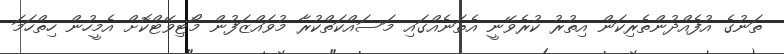
ތަނުގެ އުފެއްދުންތެރިކަން އިތުރު ކުރެވޭނީ އެތަނެއްގައި މަސައްކަތްކުރާ މުވައްޒަފުން މޯޓިވޭޓްކޮށް އެމީހުން ހިތްހަމަ